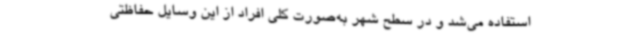
استفاده می‌شد و در سطح شهر به‌صورت کلی افراد از این وسایل حفاظتی